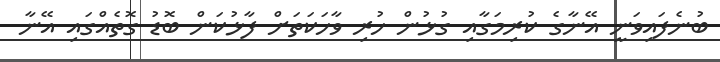
ބުނެފައިވަނީ އޭނާގެ ކުރިމަގާއި ގުޅުން ހުރި ވާހަކަތަށް ފާޅުކަން ބޮޑު ގޮތެއްގައި އޭނާ